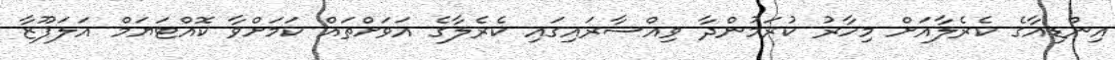
އިންޑިއާގެ ކެރެލާއަށް މިހާރު ކުރަމުންދާ ވިއްސާރައިގައި ކެރެލާގެ އަވަށްތައް ކަމަށްވާ ކޮއްޓަޔަމް އަލަޕޫޒާ